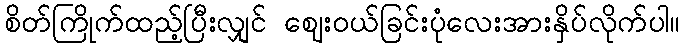
စိတ်ကြိုက်ထည့်ပြီးလျှင် ဈေးဝယ်ခြင်းပုံလေးအားနှိပ်လိုက်ပါ။